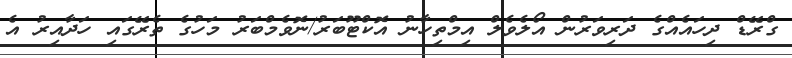
ގްރޭޑް ދިހައެއްގެ ދަރިވަރުން އޯލެވެލް އިމްތިހާނު އޮކްޓޫބަރު/ނޮވެމްބަރު މަހުގެ ތެރޭގައި ހަދާއިރު އެ